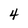
Character: 4